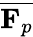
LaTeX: \overline{{\mathbf{F}_{p}}}